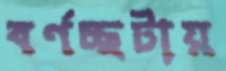
বর্ণচ্ছটায়